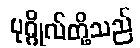
ပုဂ္ဂိုလ်တို့သည်